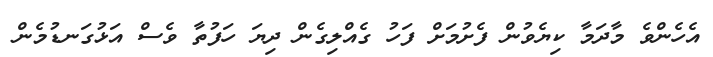
އެހެންވެ މާދަމާ ކިޔެވުން ފެށުމަށް ފަހު ގެއްލިގެން ދިޔަ ހަފުތާ ވެސް އަޅުގަނޑުމެން